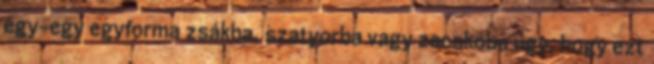
egy-egy egyforma zsákba, szatyorba vagy zacskóba úgy, hogy ezt